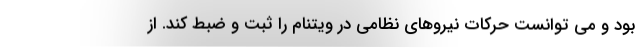
بود و می توانست حرکات نیروهای نظامی در ویتنام را ثبت و ضبط کند. از